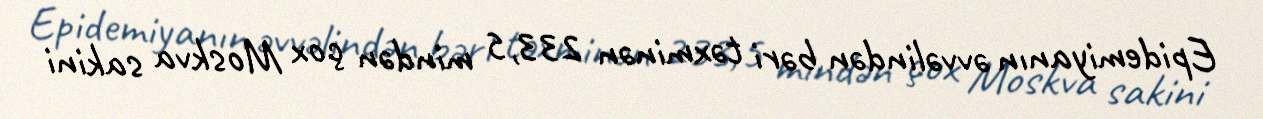
Epidemiyanın əvvəlindən bəri təxminən 233,5 mindən çox Moskva sakini